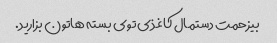
بیزحمت دستمال کاغذی توی بسته هاتون بزارید.